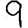
Digit: 9